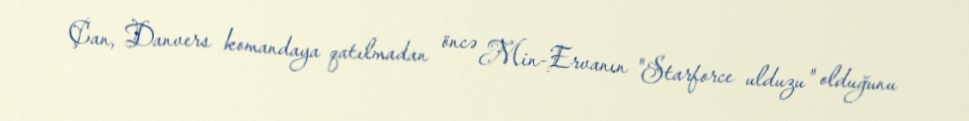
Çan, Danvers komandaya qatılmadan öncə Min-Ervanın "Starforce ulduzu" olduğunu